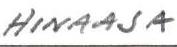
HINAAJA